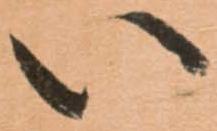
い